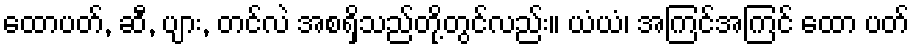
ထောပတ်, ဆီ, ပျား, တင်လဲ အစရှိသည်တို့တွင်လည်း။ ယံယံ၊ အကြင်အကြင် ထော ပတ်